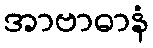
အာဗာဓာနံ